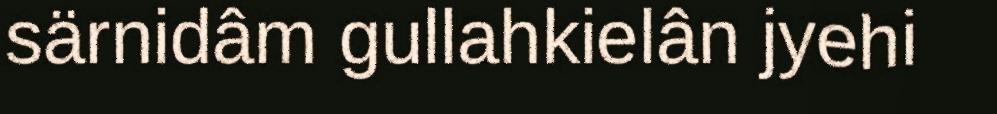
särnidâm gullahkielân jyehi